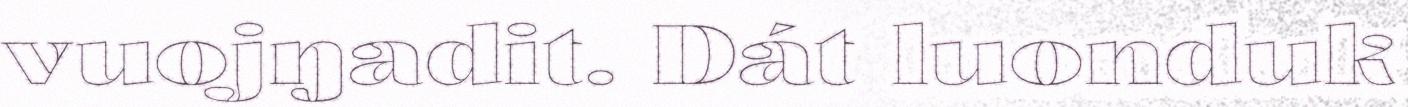
vuojŋadit. Dát luonduk